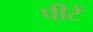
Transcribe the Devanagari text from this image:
पीटें